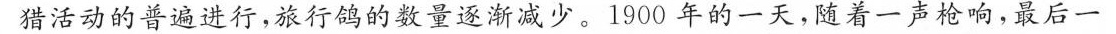
猎活动的普遍进行，旅行鸽的数量逐渐减少。1900年的一天，随着一声枪响，最后一